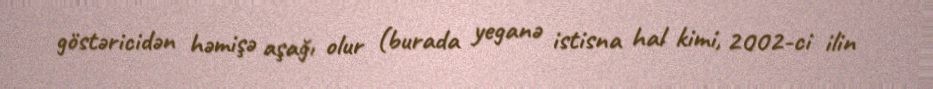
göstəricidən həmişə aşağı olur (burada yeganə istisna hal kimi, 2002-ci ilin